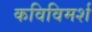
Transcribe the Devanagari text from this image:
कविविमर्श